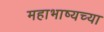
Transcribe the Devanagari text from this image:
महाभाष्यच्या